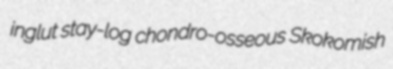
inglut stay-log chondro-osseous Skokomish